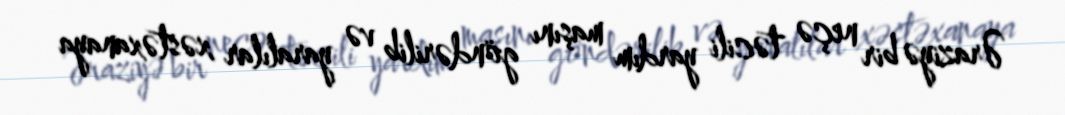
Əraziyə bir neçə təcili yardım maşını göndərilib və yaralılar xəstəxanaya